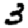
Digit: 3